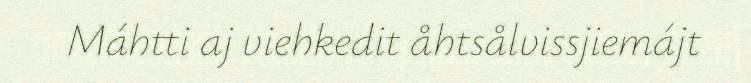
Máhtti aj viehkedit åhtsålvissjiemájt